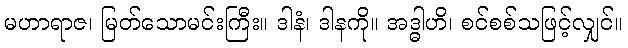
မဟာရာဇ၊ မြတ်သောမင်းကြီး။ ဒါနံ၊ ဒါနကို။ အဒ္ဓါဟိ၊ စင်စစ်သဖြင့်လျှင်။